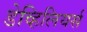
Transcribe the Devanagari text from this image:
डेव्हिलियर्स